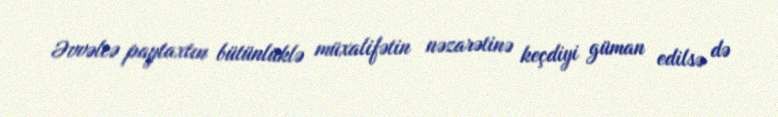
Əvvəlcə paytaxtın bütünlüklə müxalifətin nəzarətinə keçdiyi güman edilsə də